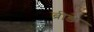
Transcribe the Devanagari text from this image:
ब्रीडे